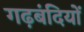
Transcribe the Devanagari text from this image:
गढ़बंदियों